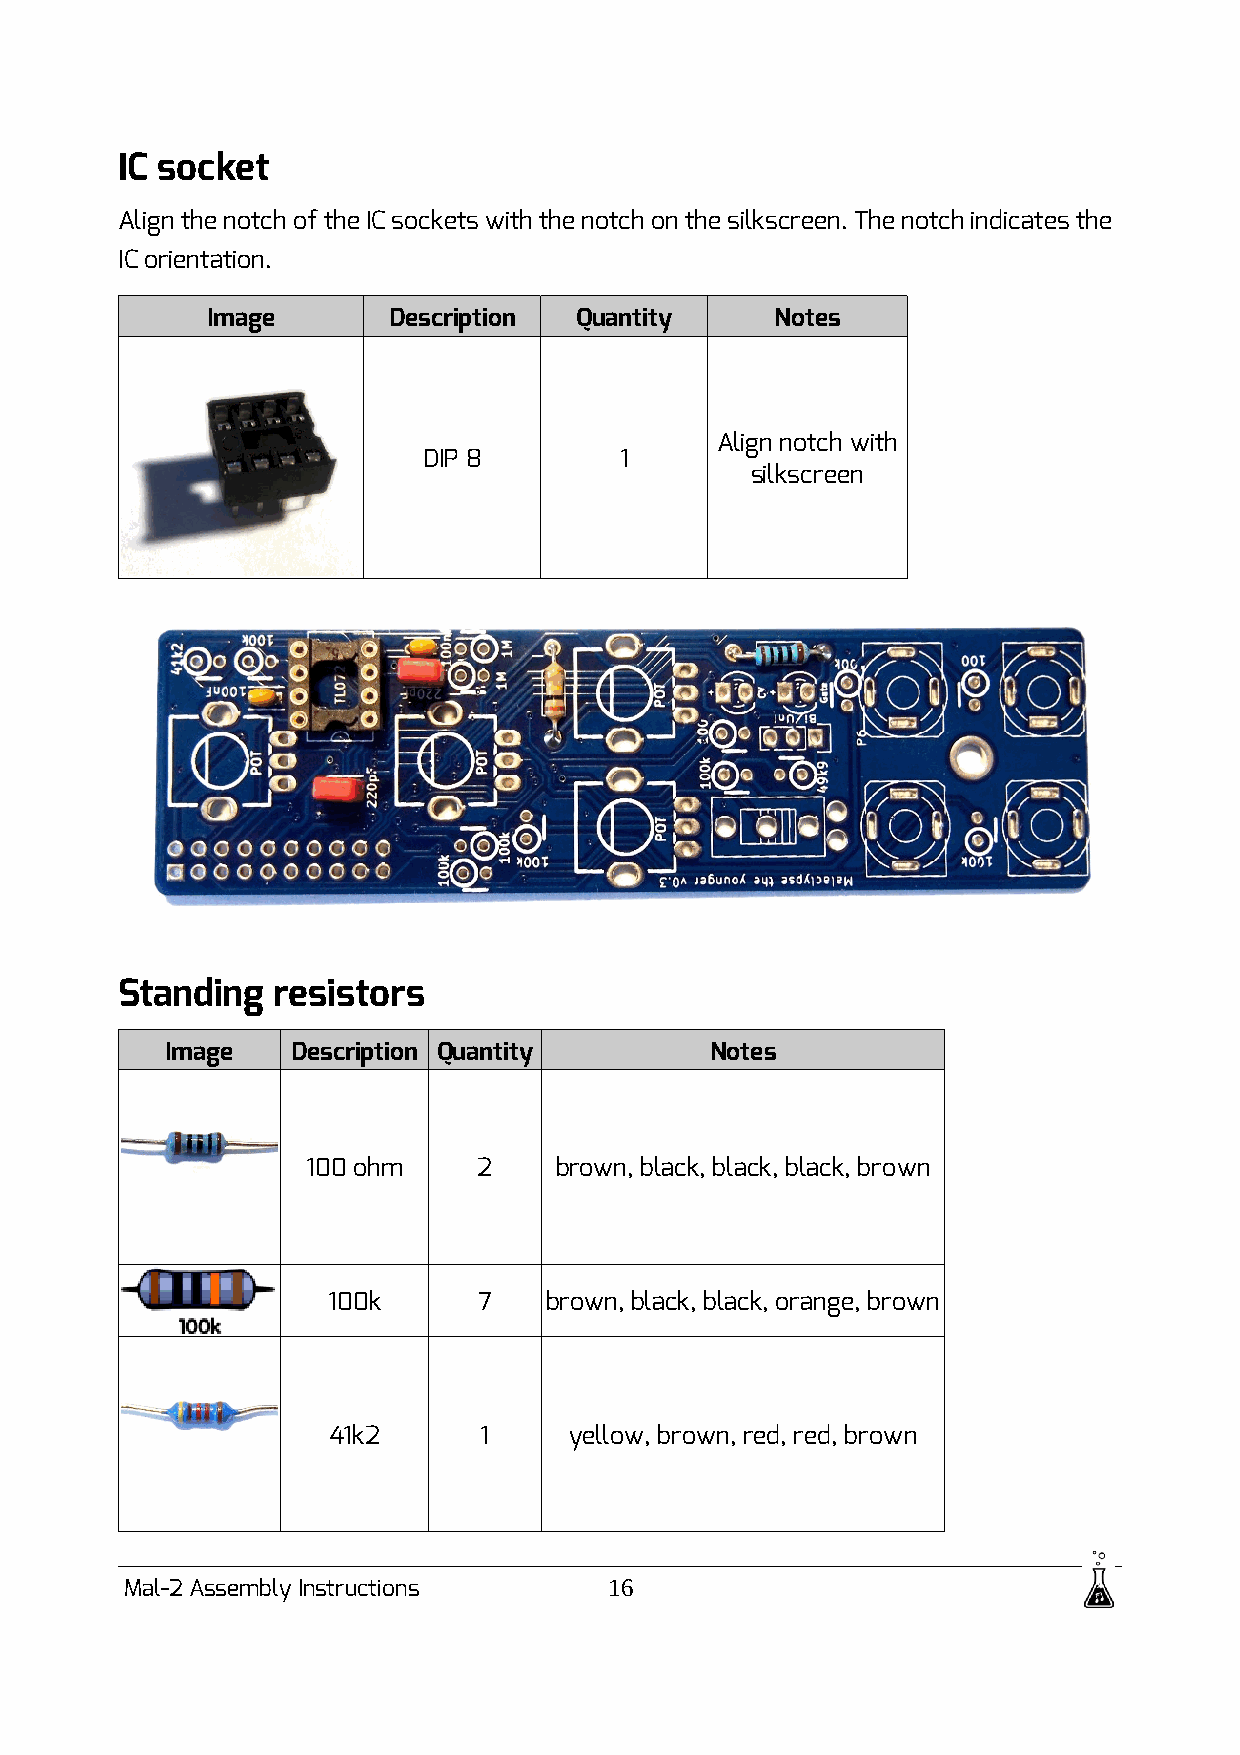
IC socket
 Align the notch of the IC sockets with the notch on the silkscreen. The notch indicates the
 IC orientation.
 Image       Description Quantity     Notes
 Align notch with
 DIP 8        1
 silkscreen
 Standing  resistors
 Image   Description Quantity        Notes
 100 ohm     2    brown, black, black, black, brown
 100k      7   brown, black, black, orange, brown
 41k2      1     yellow, brown, red, red, brown
 Mal-2 Assembly Instructions     16